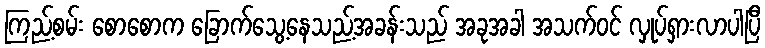
ကြည့်စမ်း စောစောက ခြောက်သွေ့နေသည့်အခန်းသည် အခုအခါ အသက်ဝင် လှုပ်ရှားလာပါပြီ